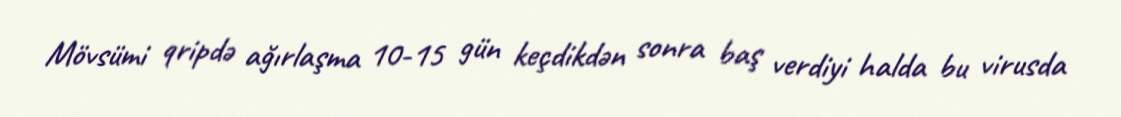
Mövsümi qripdə ağırlaşma 10-15 gün keçdikdən sonra baş verdiyi halda bu virusda